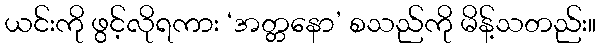
ယင်းကို ဖွင့်လိုရကား ‘အတ္တနော’ စသည်ကို မိန့်သတည်း။